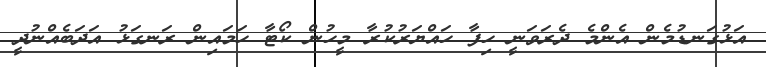
އަޅުގަނޑުމެން އެންމެ ދެރަވަނީ ހިފާ ހައްޔަރުކުރާ މީހުން ކޯޓާ ހަމައިން ރަނގަޅު އަަދަބެއްނުދީ